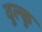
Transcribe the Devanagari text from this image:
दुल्कू